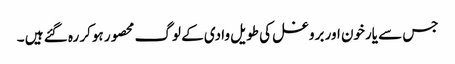
جس سے یارخون اور بروغل کی طویل وادی کے لوگ محصور ہوکر رہ گئے ہیں ۔